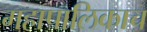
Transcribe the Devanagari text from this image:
महापालिकाच